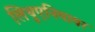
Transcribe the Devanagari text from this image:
लिथुएनियावर